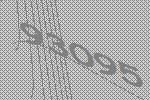
93095